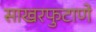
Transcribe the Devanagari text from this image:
साखरफुटाणे